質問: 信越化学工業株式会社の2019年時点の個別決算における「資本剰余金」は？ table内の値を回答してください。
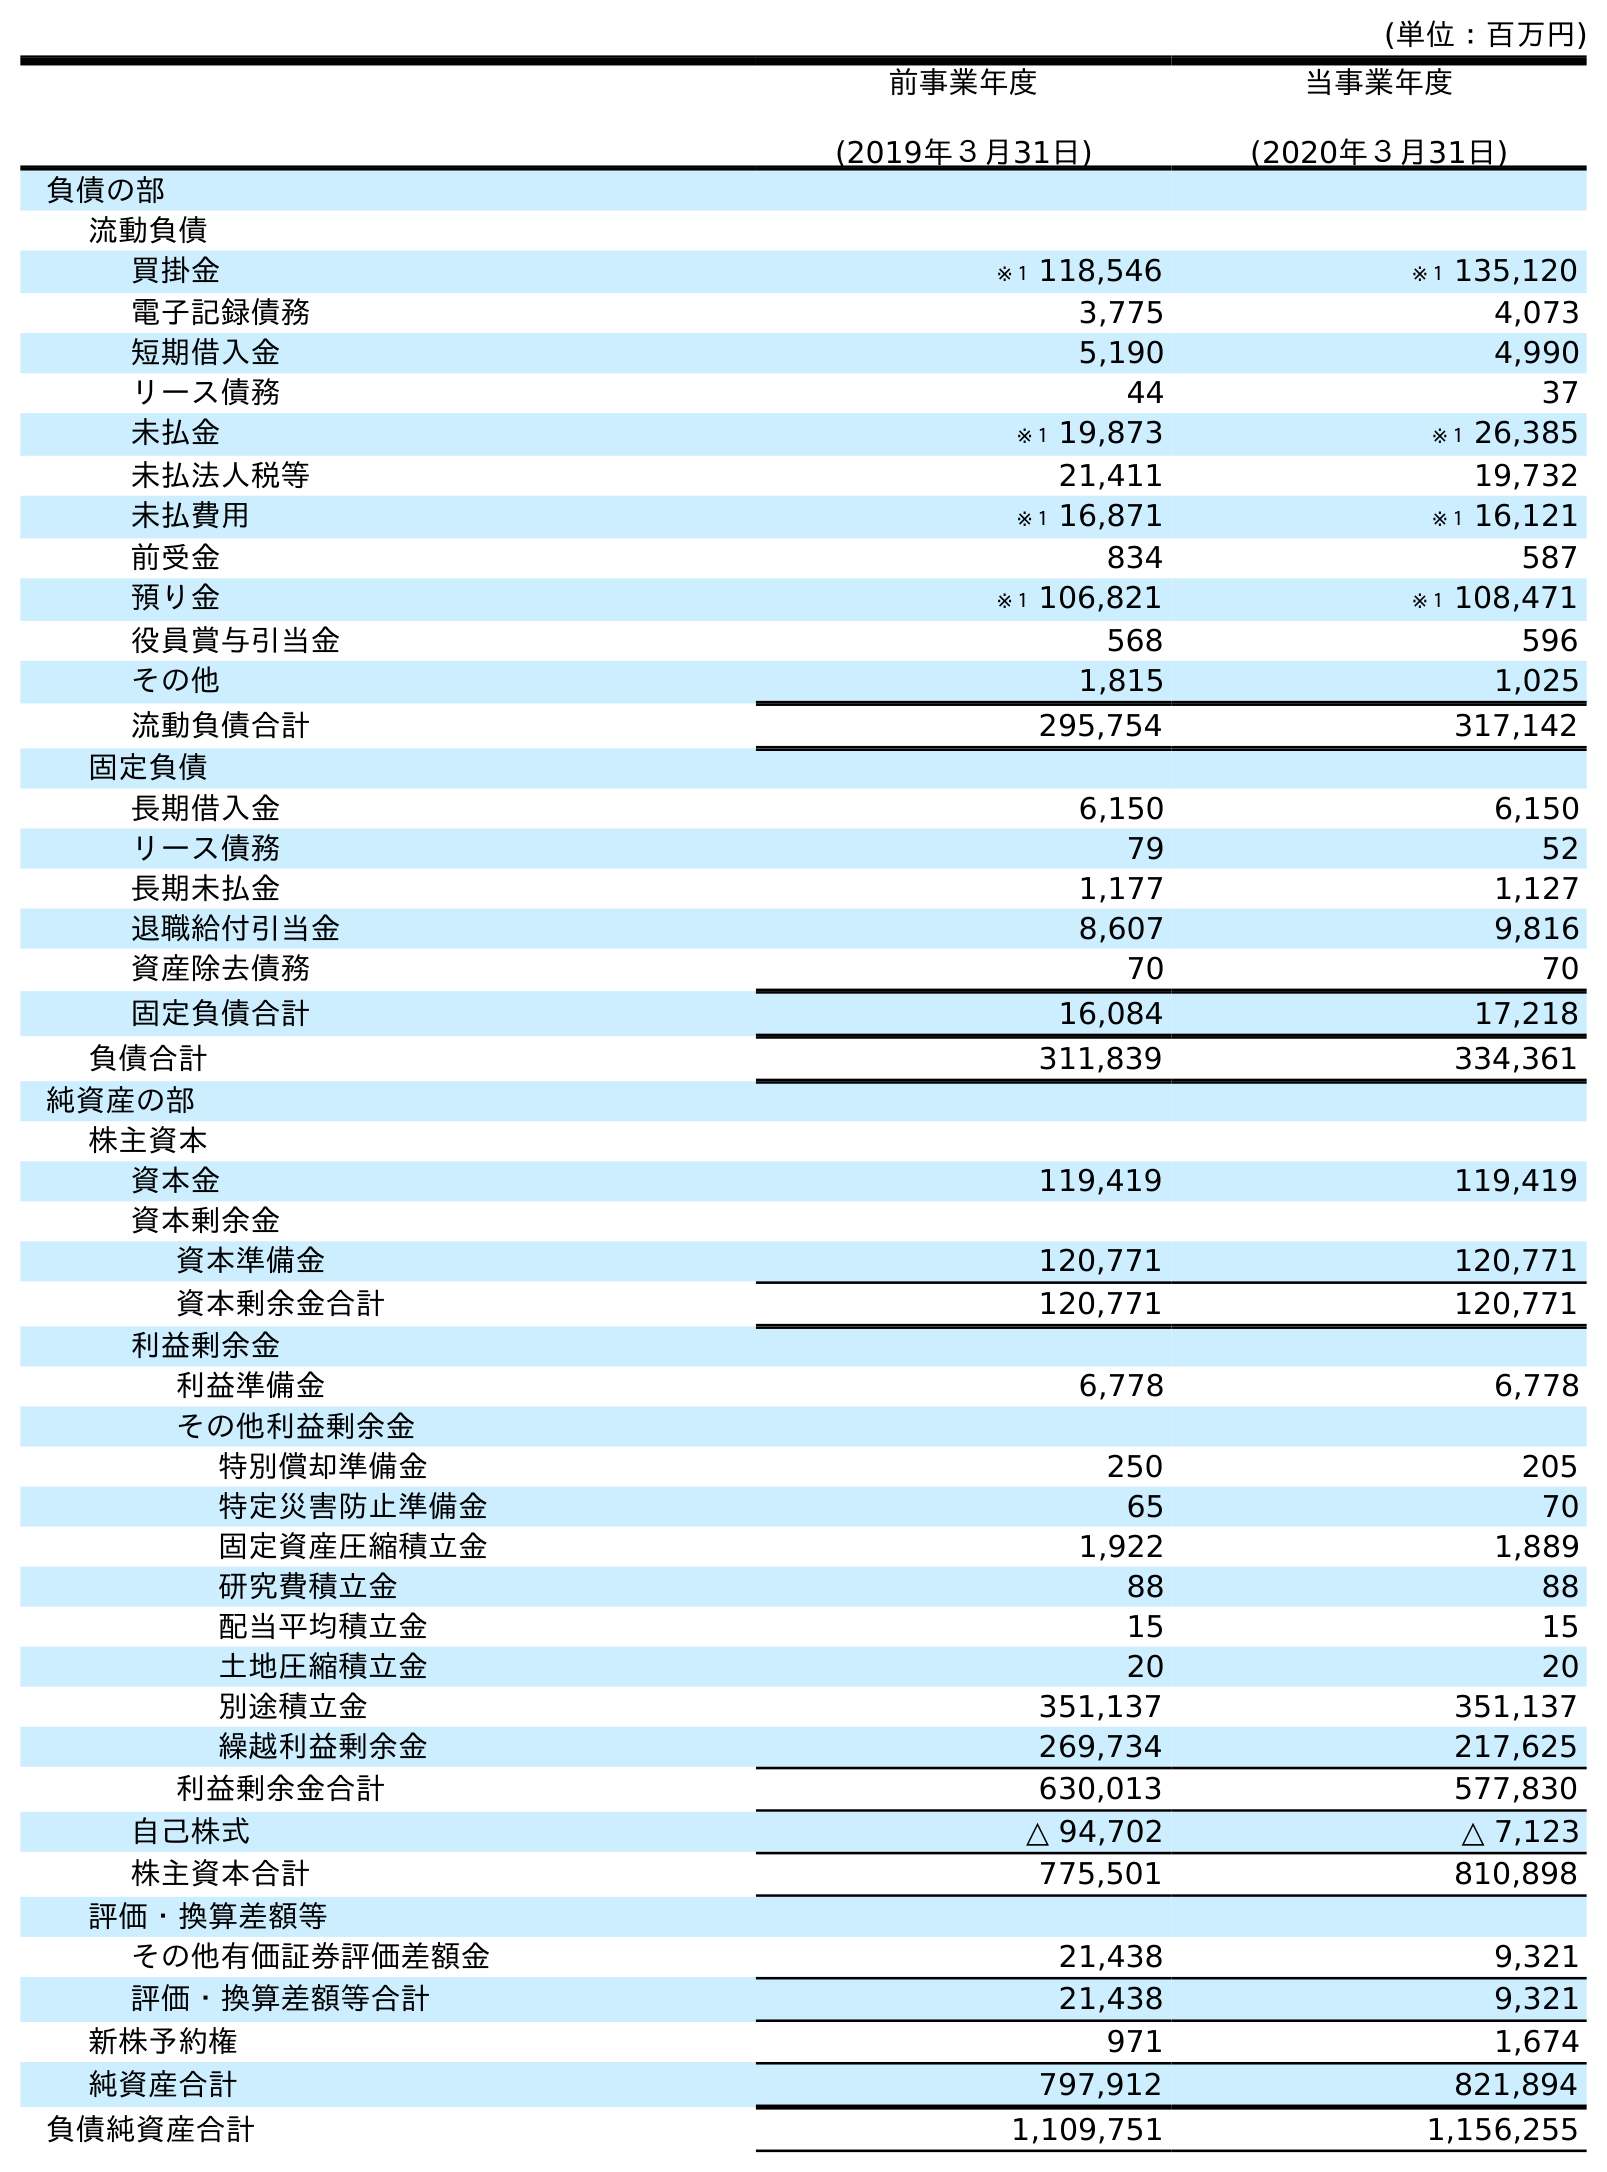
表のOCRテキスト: (単位：百万円) 前事業年度 (2019年３月31日) 当事業年度 (2020年３月31日) 負債の部 流動負債 買掛金 ※１ 118,546 ※１ 135,120 電子記録債務 3,775 4,073 短期借入金 5,190 4,990 リース債務 44 37 未払金 ※１ 19,873 ※１ 26,385 未払法人税等 21,411 19,732 未払費用 ※１ 16,871 ※１ 16,121 前受金 834 587 預り金 ※１ 106,821 ※１ 108,471 役員賞与引当金 568 596 その他 1,815 1,025 流動負債合計 295,754 317,142 固定負債 長期借入金 6,150 6,150 リース債務 79 52 長期未払金 1,177 1,127 退職給付引当金 8,607 9,816 資産除去債務 70 70 固定負債合計 16,084 17,218 負債合計 311,839 334,361 純資産の部 株主資本 資本金 119,419 119,419 資本剰余金 資本準備金 120,771 120,771 資本剰余金合計 120,771 120,771 利益剰余金 利益準備金 6,778 6,778 その他利益剰余金 特別償却準備金 250 205 特定災害防止準備金 65 70 固定資産圧縮積立金 1,922 1,889 研究費積立金 88 88 配当平均積立金 15 15 土地圧縮積立金 20 20 別途積立金 351,137 351,137 繰越利益剰余金 269,734 217,625 利益剰余金合計 630,013 577,830 自己株式 △ 94,702 △ 7,123 株主資本合計 775,501 810,898 評価・換算差額等 その他有価証券評価差額金 21,438 9,321 評価・換算差額等合計 21,438 9,321 新株予約権 971 1,674 純資産合計 797,912 821,894 負債純資産合計 1,109,751 1,156,255
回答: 120,771